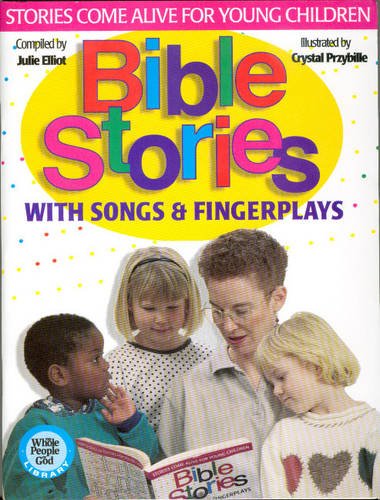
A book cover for Bible Stories: With Songs & Fingerplays (Whole People of God Library); Julie Elliot; Crafts, Hobbies & Home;